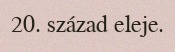
20. század eleje.